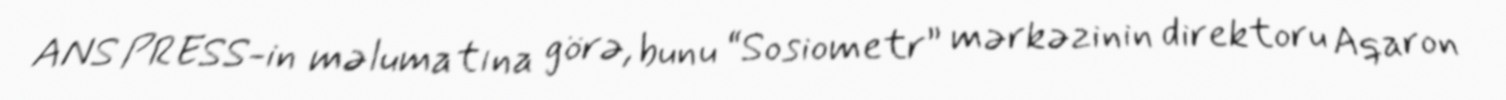
ANS PRESS-in məlumatına görə, bunu “Sosiometr” mərkəzinin direktoru Aqaron